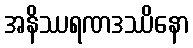
အနိဿရဏဒဿိနော